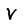
Character: v